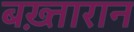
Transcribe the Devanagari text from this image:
बख़्तारान